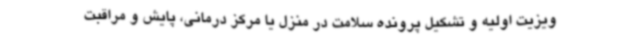
ویزیت اولیه و تشکیل پرونده سلامت در منزل یا مرکز درمانی، پایش و مراقبت